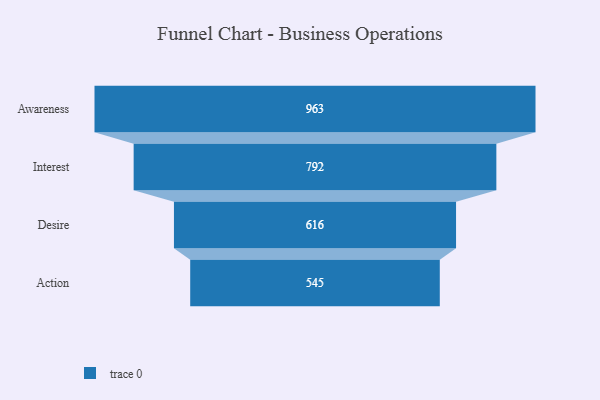
{"axis": {"x": "Stage", "y": "Value"}, "legend": [""], "data": [{"x": "Awareness", "y": 963.0, "type": ""}, {"x": "Interest", "y": 792.0, "type": ""}, {"x": "Desire", "y": 616.0, "type": ""}, {"x": "Action", "y": 545.0, "type": ""}]}